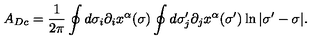
A _ { D c } = \frac { 1 } { 2 \pi } \oint d \sigma _ { i } \partial _ { i } x ^ { \alpha } ( \sigma ) \oint d \sigma _ { j } ^ { \prime } \partial _ { j } x ^ { \alpha } ( \sigma ^ { \prime } ) \ln | \sigma ^ { \prime } - \sigma | .